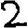
Digit: 2